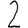
Digit: 2